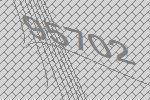
95702